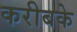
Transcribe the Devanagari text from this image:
करीबके